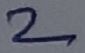
Text: 2